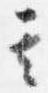
其